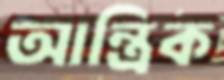
আন্ত্রিক